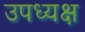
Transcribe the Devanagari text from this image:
उपध्यक्ष